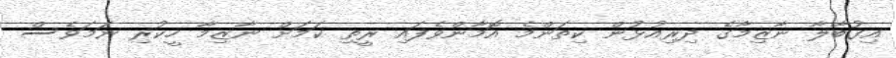
އިގުބާލާ ނާޒިމާގެ ދިރިއުޅުން ކިތަންމެ އޮމާންވެފައި ރީތި ކަމަށް ނާޒިމާ ހީކުރި ނަމަވެސް